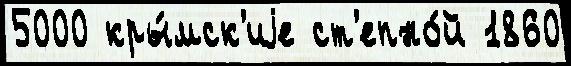
5000 кры́мск'иjе ст'епно́й 1860